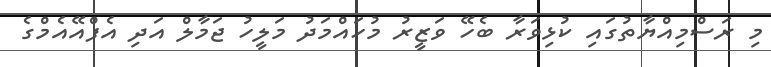
މި ރަސްމިއްޔާތުގައި ކުޅިވަރާ ބެހޭ ވަޒީރު މުހައްމަދު މަލީހު ޖަމާލް އަދި އެފްއޭއެމްގެ